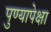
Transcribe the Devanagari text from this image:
पुण्यापेक्षा